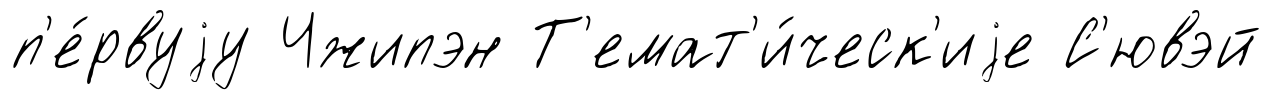
п'е́рвуjу Чжипэн Т'емат'и́ческ'иjе С'ювэй